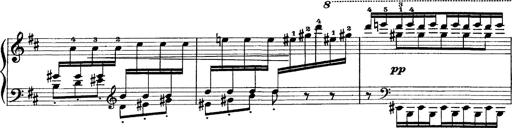
Title: Scherzo und Marsch
Composer: Franz Liszt